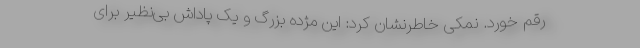
رقم خورد. نمکی خاطرنشان کرد: این مژده بزرگ و یک پاداش بی‌نظیر برای